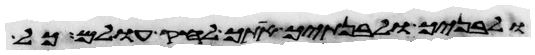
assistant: ולבניך ולבנתיך אתך לחק עולם כל